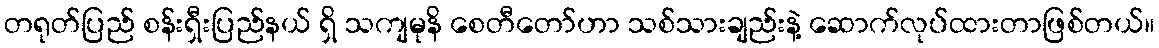
တရုတ်ပြည် စန်းရှီးပြည်နယ် ရှိ သကျမုနိ စေတီတော်ဟာ သစ်သားချည်းနဲ့ ဆောက်လုပ်ထားတာဖြစ်တယ်။